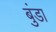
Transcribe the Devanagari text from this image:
बुंडा